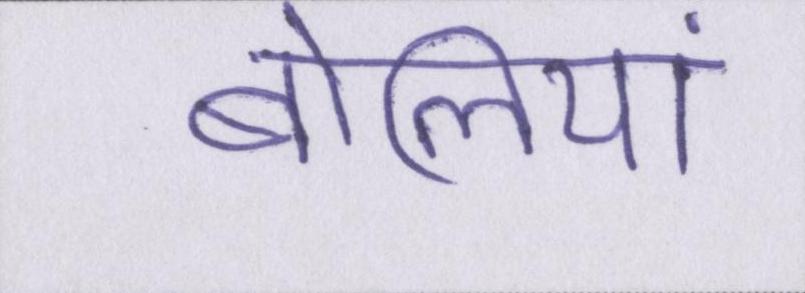
बोलियां